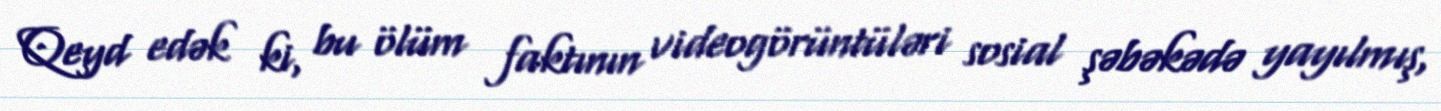
Qeyd edək ki, bu ölüm faktının videogörüntüləri sosial şəbəkədə yayılmış,